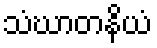
သံဃာတနိယံ